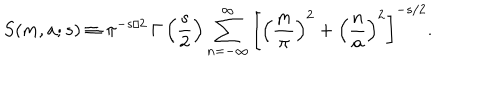
LaTeX: S ( m , a ; s ) \equiv \pi ^ { - s / 2 } \, \Gamma \left( \frac { s } { 2 } \right) \sum _ { n = - \infty } ^ { \infty } \left[ \left( \frac { m } { \pi } \right) ^ { 2 } + \left( \frac { n } { a } \right) ^ { 2 } \right] ^ { - s / 2 } .